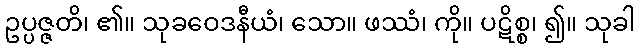
ဥပ္ပဇ္ဇတိ၊ ၏။ သုခဝေဒနီယံ၊ သော။ ဖဿံ၊ ကို။ ပဋိစ္စ၊ ၍။ သုခါ